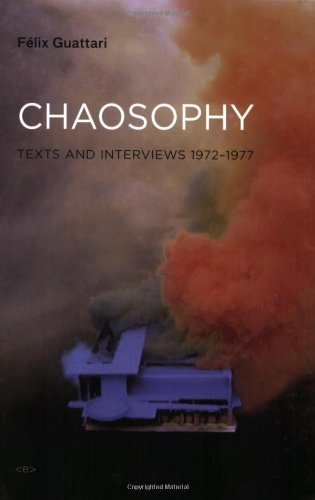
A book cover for Chaosophy: Texts and Interviews 1972--1977 (Semiotext(e) / Foreign Agents); FÃ©lix Guattari; Health, Fitness & Dieting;